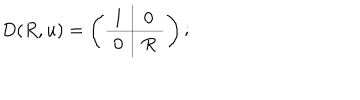
D ( R , u ) = \left( \begin{array} { c | c } { { 1 } } & { { 0 } } \\ \hline { { 0 } } & { { R } } \\ \end{array} \right) ;